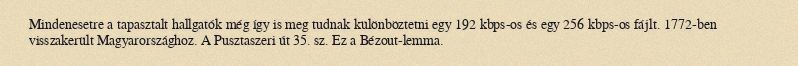
Mindenesetre a tapasztalt hallgatók még így is meg tudnak különböztetni egy 192 kbps-os és egy 256 kbps-os fájlt. 1772-ben visszakerült Magyarországhoz. A Pusztaszeri út 35. sz. Ez a Bézout-lemma.